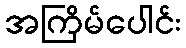
အကြိမ်ပေါင်း